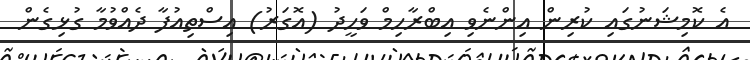
އެ ކޮމިޝަނުގައި ކުރިން އިންނެވި އިބްރާހިމް ވަހީދު (އޮގަރު) އިސްތިއުފާ ދެއްވުމާ ގުޅިގެން